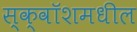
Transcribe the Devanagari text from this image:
स्क्वॉशमधील